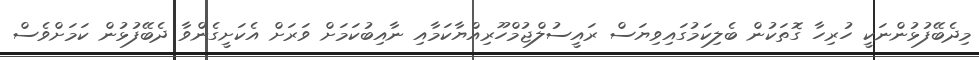
މިދެބޭފުޅުންނަކީ ހުރިހާ ގޮތަކުން ބެލިކަމުގައިވިޔަސް ރައީސުލްޖުމްހޫރިއްޔާކަމާއި ނާއިބުކަމަށް ވަރަށް އެކަށީގެންވާ ދެބޭފުޅުން ކަމަށްވެސް